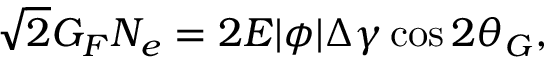
\sqrt { 2 } G _ { F } N _ { e } = 2 E | \phi | \Delta \gamma \cos 2 \theta _ { G } ,